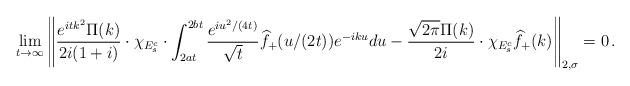
LaTeX: \begin{align*}\lim_{t\to\infty}\left\|\frac{e^{itk^2}\Pi(k)}{2i(1+i)}\cdot \chi_{E_s^c}\cdot \int_{2at}^{2bt}\frac{e^{iu^2/(4t)}}{\sqrt t}\widehat f_+(u/(2t))e^{-iku}du- \frac{\sqrt{2\pi}\Pi(k)}{2i}\cdot \chi_{E_s^c} \widehat f_+(k)\right\|_{2,\sigma}=0\,.\end{align*}